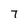
Character: 7